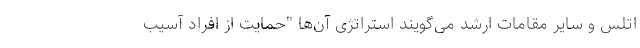
اتلس و سایر مقامات ارشد می‌گویند استراتژی آن‌ها "حمایت از افراد آسیب